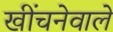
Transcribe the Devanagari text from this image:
खींचनेवाले